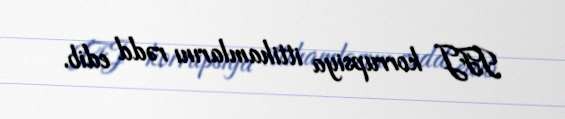
IFJ korrupsiya ittihamlarını rədd edib.